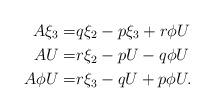
LaTeX: \begin{align*}A\xi_3=&q\xi_2-p\xi_3+r\phi U\\AU=&r\xi_2-pU-q\phi U\\A\phi U=&r\xi_3-qU+p\phi U.\end{align*}